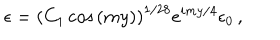
\epsilon = \left( C _ { 1 } \cos { ( m y ) } \right) ^ { 1 / 2 8 } e ^ { i m y / 4 } \epsilon _ { 0 } \, ,